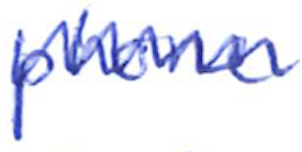
Text: phone
Cross-out: mix
Writing tool: ballpoint